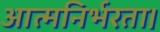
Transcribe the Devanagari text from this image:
आत्मनिर्भरता।